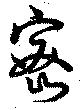
密